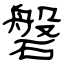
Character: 磐